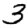
Digit: 3